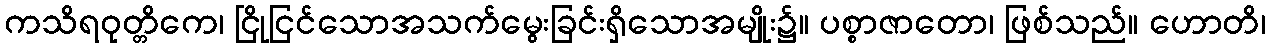
ကသိရဝုတ္တိကေ၊ ငြိုငြင်သောအသက်မွေးခြင်းရှိသောအမျိုး၌။ ပစ္စာဇာတော၊ ဖြစ်သည်။ ဟောတိ၊